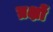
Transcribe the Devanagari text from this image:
ब्रक्षों